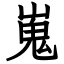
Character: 嵬